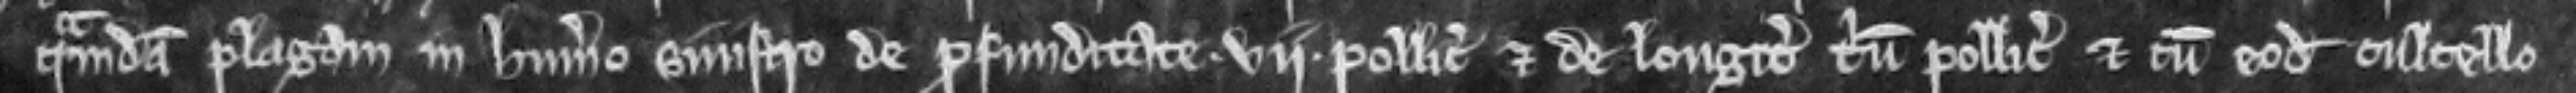
quamdam plagam in humero sinistro de profunditate vii pollicum et de longitudine trium pollicum et cum eodem cultello